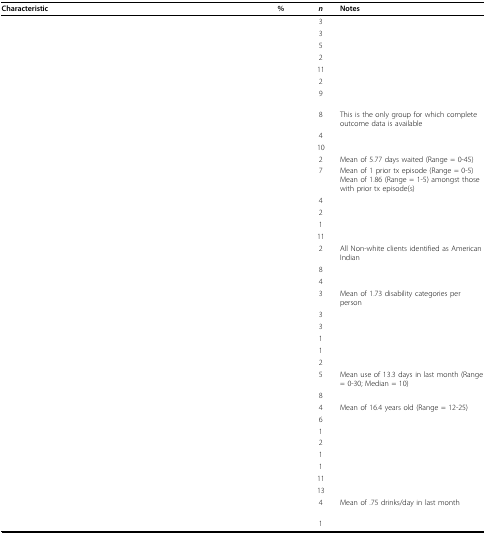
<table><thead><tr><td><b>Characteristic</b></td><td>[EMPTY_CELL]</td><td><b>%</b></td><td><b><i>n</i></b></td><td><b>Notes</b></td></tr></thead><tbody><tr><td>[EMPTY_CELL]</td><td>[EMPTY_CELL]</td><td>[EMPTY_CELL]</td><td>3</td><td>[EMPTY_CELL]</td></tr><tr><td>[EMPTY_CELL]</td><td>[EMPTY_CELL]</td><td>[EMPTY_CELL]</td><td>3</td><td>[EMPTY_CELL]</td></tr><tr><td>[EMPTY_CELL]</td><td>[EMPTY_CELL]</td><td>[EMPTY_CELL]</td><td>5</td><td>[EMPTY_CELL]</td></tr><tr><td>[EMPTY_CELL]</td><td>[EMPTY_CELL]</td><td>[EMPTY_CELL]</td><td>2</td><td>[EMPTY_CELL]</td></tr><tr><td>[EMPTY_CELL]</td><td>[EMPTY_CELL]</td><td>[EMPTY_CELL]</td><td>11</td><td>[EMPTY_CELL]</td></tr><tr><td>[EMPTY_CELL]</td><td>[EMPTY_CELL]</td><td>[EMPTY_CELL]</td><td>2</td><td>[EMPTY_CELL]</td></tr><tr><td>[EMPTY_CELL]</td><td>[EMPTY_CELL]</td><td>[EMPTY_CELL]</td><td>9</td><td>[EMPTY_CELL]</td></tr><tr><td>[EMPTY_CELL]</td><td>[EMPTY_CELL]</td><td>[EMPTY_CELL]</td><td>8</td><td>This is the only group for which complete outcome data is available</td></tr><tr><td>[EMPTY_CELL]</td><td>[EMPTY_CELL]</td><td>[EMPTY_CELL]</td><td>4</td><td>[EMPTY_CELL]</td></tr><tr><td>[EMPTY_CELL]</td><td>[EMPTY_CELL]</td><td>[EMPTY_CELL]</td><td>10</td><td>[EMPTY_CELL]</td></tr><tr><td>[EMPTY_CELL]</td><td>[EMPTY_CELL]</td><td>[EMPTY_CELL]</td><td>2</td><td>Mean of 5.77 days waited (Range = 0-45)</td></tr><tr><td>[EMPTY_CELL]</td><td>[EMPTY_CELL]</td><td>[EMPTY_CELL]</td><td>7</td><td>Mean of 1 prior tx episode (Range = 0-5)Mean of 1.86 (Range = 1-5) amongst those with prior tx episode(s)</td></tr><tr><td>[EMPTY_CELL]</td><td>[EMPTY_CELL]</td><td>[EMPTY_CELL]</td><td>4</td><td>[EMPTY_CELL]</td></tr><tr><td>[EMPTY_CELL]</td><td>[EMPTY_CELL]</td><td>[EMPTY_CELL]</td><td>2</td><td>[EMPTY_CELL]</td></tr><tr><td>[EMPTY_CELL]</td><td>[EMPTY_CELL]</td><td>[EMPTY_CELL]</td><td>1</td><td>[EMPTY_CELL]</td></tr><tr><td>[EMPTY_CELL]</td><td>[EMPTY_CELL]</td><td>[EMPTY_CELL]</td><td>11</td><td>[EMPTY_CELL]</td></tr><tr><td>[EMPTY_CELL]</td><td>[EMPTY_CELL]</td><td>[EMPTY_CELL]</td><td>2</td><td>All Non-white clients identified as American Indian</td></tr><tr><td>[EMPTY_CELL]</td><td>[EMPTY_CELL]</td><td>[EMPTY_CELL]</td><td>8</td><td>[EMPTY_CELL]</td></tr><tr><td>[EMPTY_CELL]</td><td>[EMPTY_CELL]</td><td>[EMPTY_CELL]</td><td>4</td><td>[EMPTY_CELL]</td></tr><tr><td>[EMPTY_CELL]</td><td>[EMPTY_CELL]</td><td>[EMPTY_CELL]</td><td>3</td><td>Mean of 1.73 disability categories per person</td></tr><tr><td>[EMPTY_CELL]</td><td>[EMPTY_CELL]</td><td>[EMPTY_CELL]</td><td>3</td><td>[EMPTY_CELL]</td></tr><tr><td>[EMPTY_CELL]</td><td>[EMPTY_CELL]</td><td>[EMPTY_CELL]</td><td>3</td><td>[EMPTY_CELL]</td></tr><tr><td>[EMPTY_CELL]</td><td>[EMPTY_CELL]</td><td>[EMPTY_CELL]</td><td>1</td><td>[EMPTY_CELL]</td></tr><tr><td>[EMPTY_CELL]</td><td>[EMPTY_CELL]</td><td>[EMPTY_CELL]</td><td>1</td><td>[EMPTY_CELL]</td></tr><tr><td>[EMPTY_CELL]</td><td>[EMPTY_CELL]</td><td>[EMPTY_CELL]</td><td>2</td><td>[EMPTY_CELL]</td></tr><tr><td>[EMPTY_CELL]</td><td>[EMPTY_CELL]</td><td>[EMPTY_CELL]</td><td>5</td><td>Mean use of 13.3 days in last month (Range = 0-30; Median = 10)</td></tr><tr><td>[EMPTY_CELL]</td><td>[EMPTY_CELL]</td><td>[EMPTY_CELL]</td><td>8</td><td>[EMPTY_CELL]</td></tr><tr><td>[EMPTY_CELL]</td><td>[EMPTY_CELL]</td><td>[EMPTY_CELL]</td><td>4</td><td>Mean of 16.4 years old (Range = 12-25)</td></tr><tr><td>[EMPTY_CELL]</td><td>[EMPTY_CELL]</td><td>[EMPTY_CELL]</td><td>6</td><td>[EMPTY_CELL]</td></tr><tr><td>[EMPTY_CELL]</td><td>[EMPTY_CELL]</td><td>[EMPTY_CELL]</td><td>1</td><td>[EMPTY_CELL]</td></tr><tr><td>[EMPTY_CELL]</td><td>[EMPTY_CELL]</td><td>[EMPTY_CELL]</td><td>2</td><td>[EMPTY_CELL]</td></tr><tr><td>[EMPTY_CELL]</td><td>[EMPTY_CELL]</td><td>[EMPTY_CELL]</td><td>1</td><td>[EMPTY_CELL]</td></tr><tr><td>[EMPTY_CELL]</td><td>[EMPTY_CELL]</td><td>[EMPTY_CELL]</td><td>1</td><td>[EMPTY_CELL]</td></tr><tr><td>[EMPTY_CELL]</td><td>[EMPTY_CELL]</td><td>[EMPTY_CELL]</td><td>11</td><td>[EMPTY_CELL]</td></tr><tr><td>[EMPTY_CELL]</td><td>[EMPTY_CELL]</td><td>[EMPTY_CELL]</td><td>13</td><td>[EMPTY_CELL]</td></tr><tr><td>[EMPTY_CELL]</td><td>[EMPTY_CELL]</td><td>[EMPTY_CELL]</td><td>4</td><td>Mean of .75 drinks/day in last month</td></tr><tr><td>[EMPTY_CELL]</td><td>[EMPTY_CELL]</td><td>[EMPTY_CELL]</td><td>1</td><td>[EMPTY_CELL]</td></tr></tbody></table>